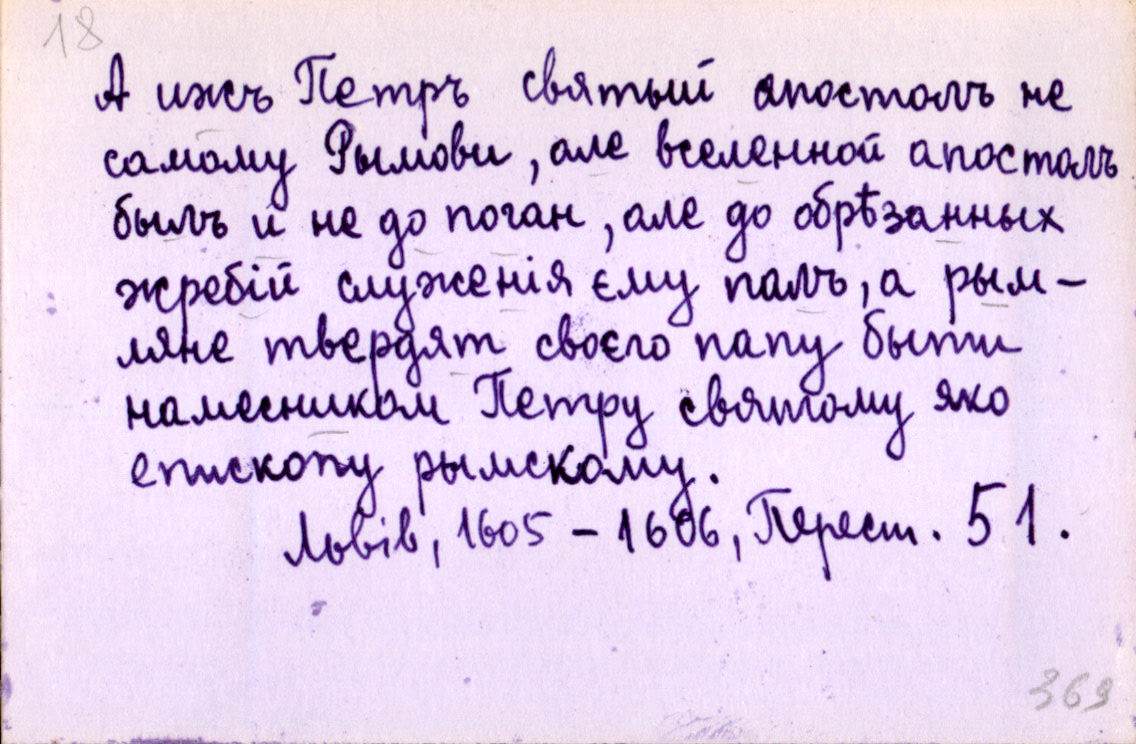
А ижъ Петръ святый апостолъ не
самому Рымови, але вселенной апостолъ
былъ и не до поган, але до обрѣзанных
жребій служенія єму палъ, а рым-
ляне твердят своєго папу быти
намесником Петру святому яко
епископу рымскому.
Львів, 1605-1606, Перест. 51.